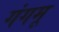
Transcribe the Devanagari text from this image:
गंगमू